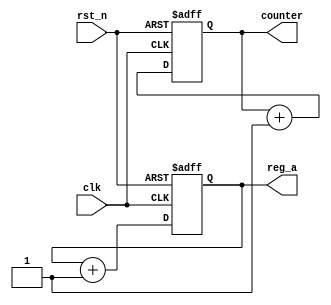
module parameter_focused_init #(
    parameter INIT_VALUE = 8'h00,  // Initial value for registers
    parameter COUNTER_SIZE = 4,     // Size of the counter
    parameter OP_MODE = 0            // Operation mode: 0 - Default, 1 - Alternate
)(
    input wire clk,                  // Clock signal
    input wire rst_n,                // Active-low reset
    output reg [7:0] reg_a,          // Register A
    output reg [COUNTER_SIZE-1:0] counter // Counter Output
);

    // Initialize registers based on parameters
    initial begin
        reg_a = INIT_VALUE; // Set initial value
        counter = {COUNTER_SIZE{1'b0}}; // Initialize counter to zero
    end

    // Always block for handling reset and normal operation
    always @(posedge clk or negedge rst_n) begin
        if (!rst_n) begin
            // Reset logic
            reg_a <= INIT_VALUE; // Reset reg_a to initial value
            counter <= {COUNTER_SIZE{1'b0}}; // Reset counter to zero
        end else begin
            // Normal operation
            case (OP_MODE)
                0: begin
                    // Default operation
                    reg_a <= reg_a + 1'b1; // Increment reg_a
                    counter <= counter + 1'b1; // Increment counter
                end
                1: begin
                    // Alternate operation
                    if (counter < (2**COUNTER_SIZE - 1)) begin
                        counter <= counter + 1'b1; // Increment counter
                    end else begin
                        counter <= {COUNTER_SIZE{1'b0}}; // Reset counter if max reached
                    end
                end
                default: begin
                    // Handle unexpected modes
                    reg_a <= INIT_VALUE; // Reset to initial value
                    counter <= {COUNTER_SIZE{1'b0}}; // Reset counter to zero
                end
            endcase
        end
    end

endmodule